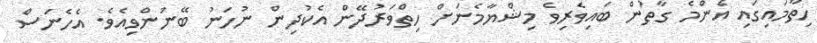
ހިތާމައިގައި އެންމެ ގާތުން ބައިވެރިވެ މިޝްޔާމެނަށް ހިތްވަރުދޭން އެކުދިން ނުހަނު ބޭނުންވިއެވެ. އެހެނަސް